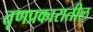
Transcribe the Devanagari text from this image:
तृणप्रकारातील